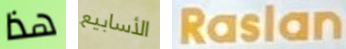
هذا الأسابيع Raslan